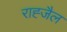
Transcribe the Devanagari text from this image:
राह्जैल